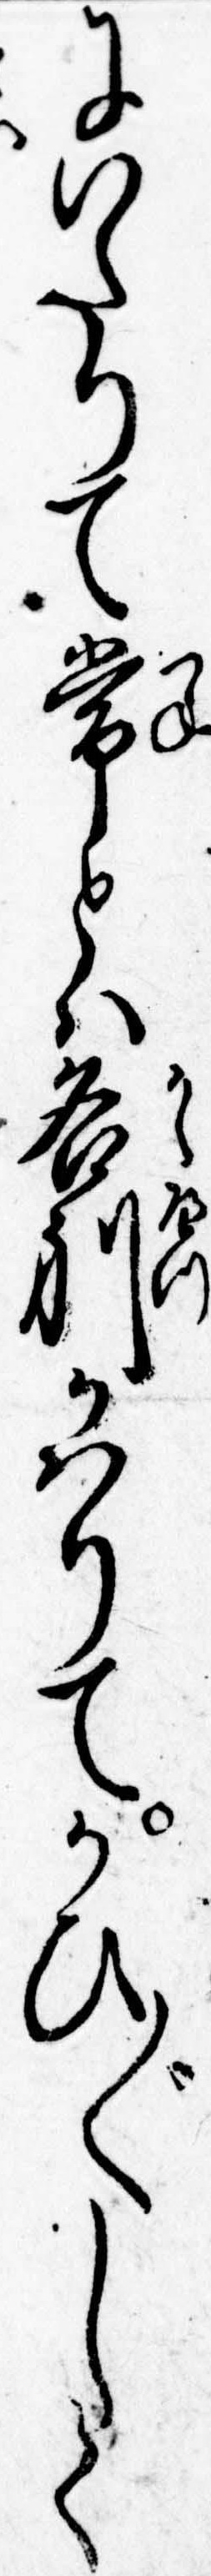
にいたりて常とは各別かはりてかひ〲しく